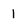
Character: I